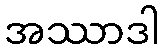
အဿာဒါ